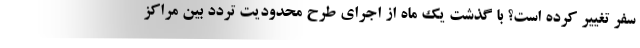
سفر تغییر کرده است؟ با گذشت یک ماه از اجرای طرح محدودیت تردد بین مراکز